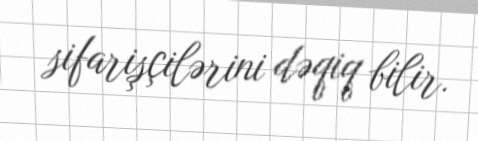
sifarişçilərini dəqiq bilir.